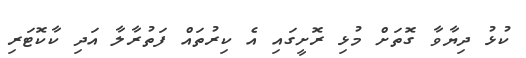
ކުޅު ދިޔާވާ ގޮތަށް މުޅި ރޮށީގައި އެ ކިރުތައް ފަތުރާލާ އަދި ކާކޮޓަރި